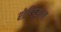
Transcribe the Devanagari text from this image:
रोहिडमल्ल